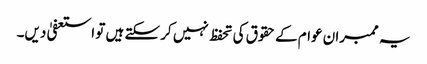
یہ ممبران عوام کے حقوق کی تحفظ نہیں کر سکتے ہیں تو استعفیٰ دیں۔